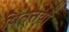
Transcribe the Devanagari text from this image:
पित्तयों